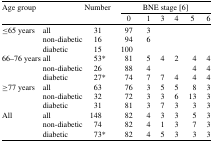
<table><thead><tr><td><b>Age group</b></td><td></td><td><b>Number</b></td><td colspan="6"><b>BNE stage [6]</b></td></tr><tr><td></td><td></td><td></td><td><b>0</b></td><td><b>1</b></td><td><b>3</b></td><td><b>4</b></td><td><b>5</b></td><td><b>6</b></td></tr></thead><tbody><tr><td>≤65 years</td><td>all</td><td>31</td><td>97</td><td>3</td></tr><tr><td></td><td>non-diabetic</td><td>16</td><td>94</td><td>6</td></tr><tr><td></td><td>diabetic</td><td>15</td><td>100</td></tr><tr><td>66–76 years</td><td>all</td><td>53*</td><td>81</td><td>5</td><td>4</td><td>2</td><td>4</td><td>4</td></tr><tr><td></td><td>non-diabetic</td><td>26</td><td>88</td><td>4</td><td></td><td></td><td>4</td><td>4</td></tr><tr><td></td><td>diabetic</td><td>27*</td><td>74</td><td>7</td><td>7</td><td>4</td><td>4</td><td>4</td></tr><tr><td>≥77 years</td><td>all</td><td>63</td><td>76</td><td>3</td><td>5</td><td>5</td><td>8</td><td>3</td></tr><tr><td></td><td>non-diabetic</td><td>32</td><td>72</td><td>3</td><td>3</td><td>6</td><td>13</td><td>3</td></tr><tr><td></td><td>diabetic</td><td>31</td><td>81</td><td>3</td><td>7</td><td>3</td><td>3</td><td>3</td></tr><tr><td>All</td><td>all</td><td>148</td><td>82</td><td>4</td><td>3</td><td>3</td><td>5</td><td>3</td></tr><tr><td></td><td>non-diabetic</td><td>74</td><td>82</td><td>4</td><td>1</td><td>3</td><td>7</td><td>3</td></tr><tr><td></td><td>diabetic</td><td>73*</td><td>82</td><td>4</td><td>5</td><td>3</td><td>3</td><td>3</td></tr></tbody></table>